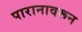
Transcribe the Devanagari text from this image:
पारानावरून